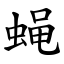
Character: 蝇